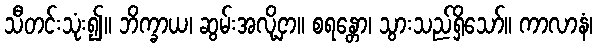
သီတင်းသုံး၍။ ဘိက္ခာယ၊ ဆွမ်းအလို့ငှာ။ စရန္တော၊ သွားသည်ရှိသော်။ ကာလာနံ၊